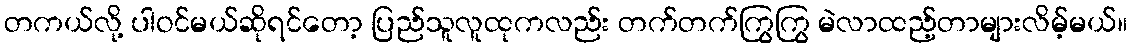
တကယ်လို့ ပါဝင်မယ်ဆိုရင်တော့ ပြည်သူလူထုကလည်း တက်တက်ကြွကြွ မဲလာထည့်တာများလိမ့်မယ်။